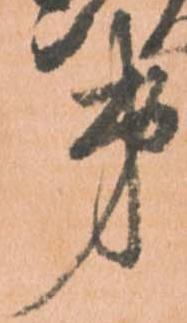
第